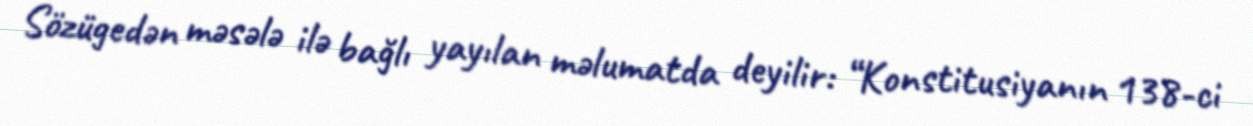
Sözügedən məsələ ilə bağlı yayılan məlumatda deyilir: “Konstitusiyanın 138-ci